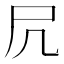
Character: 凥